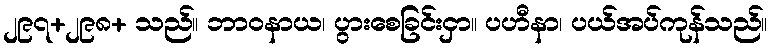
၂၉၇+၂၉၈+ သည်။ ဘာဝနာယ၊ ပွားစေခြင်းငှာ။ ပဟီနာ၊ ပယ်အပ်ကုန်သည်။